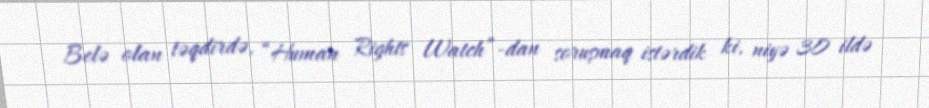
Belə olan təqdirdə, “Human Rights Watch”-dan soruşmaq istərdik ki, niyə 30 ildə